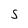
Character: S